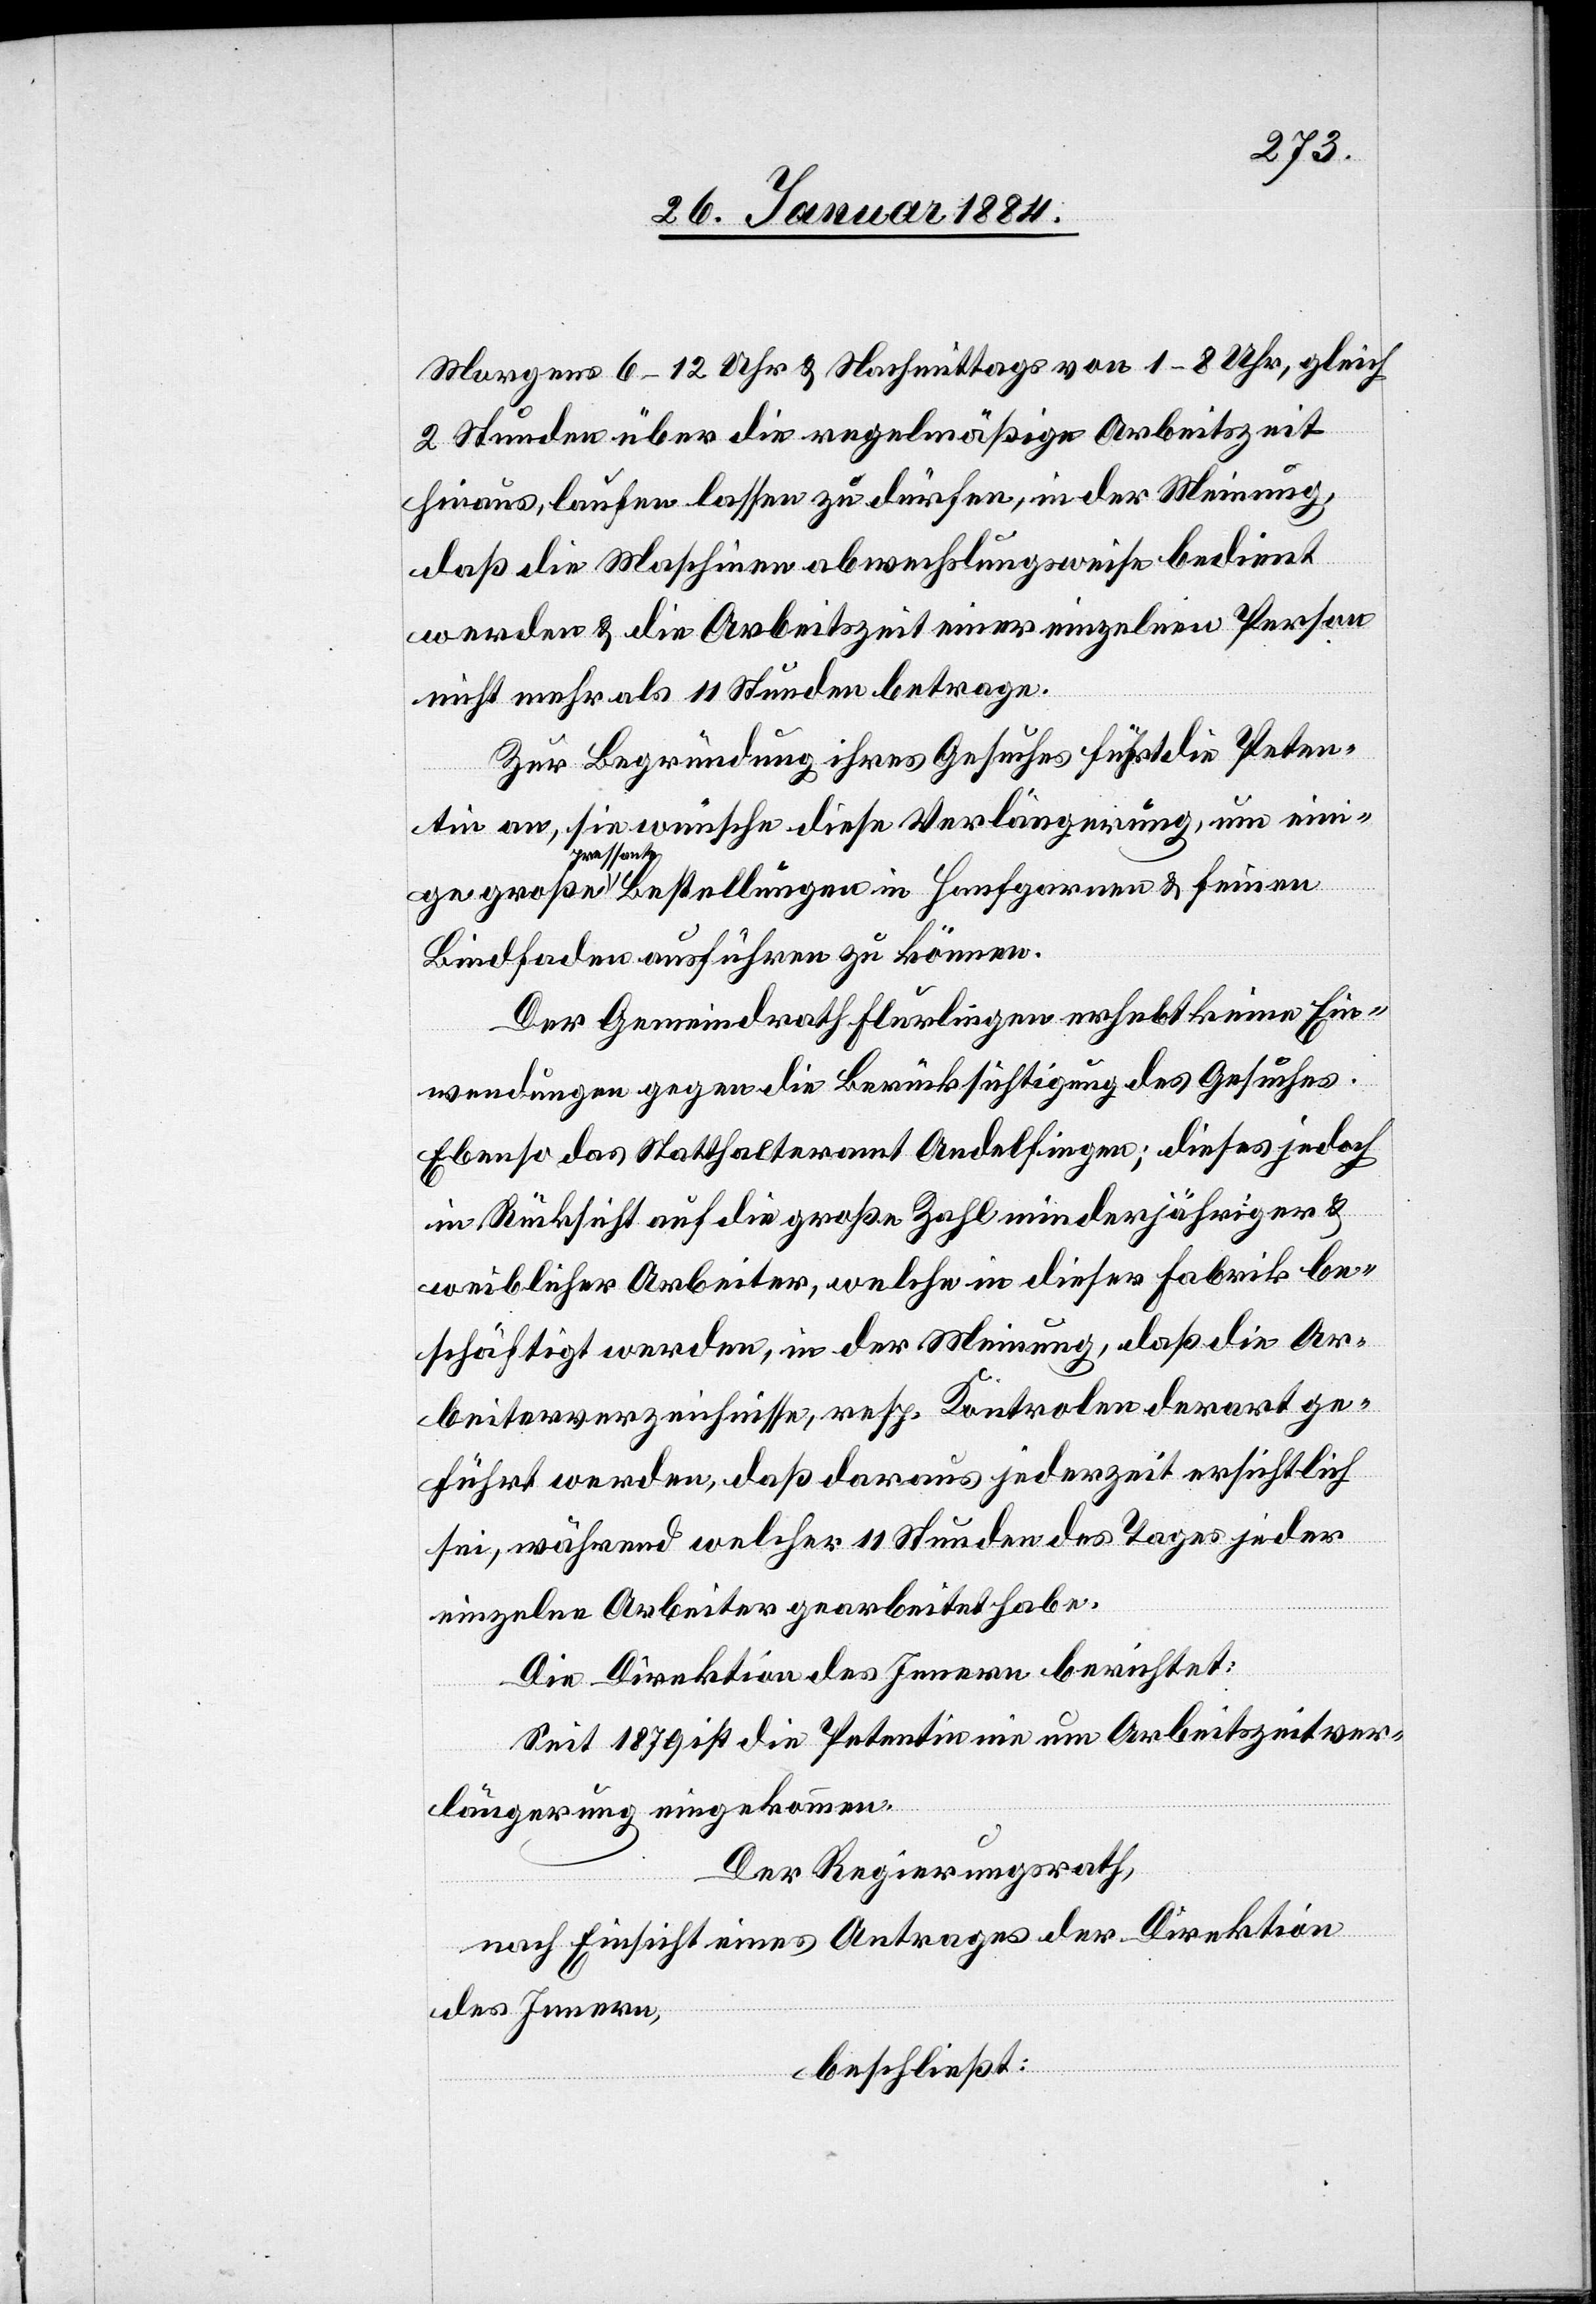
Morgens 6–12 Uhr & Nachmittags von 1–8 Uhr, gleich
2 Stunden über die regelmäßige Arbeitszeit
hinaus, laufen lassen zu dürfen, in der Meinung,
daß die Maschinen abwechslungsweise bedient
werden & die Arbeitszeit einer einzelnen Person
nicht mehr als 11 Stunden betrage.
Zur Begründung ihres Gesuches führt die Peten¬
tin an, sie wünsche diese Verlängerung, um einige
pressan¬
te Bestellungen in Hanfgarnen & feinem
Bindfaden ausführen zu können.
Der Gemeindrath Flurlingen erhebt keine Ein¬
wendungen gegen die Berücksichtigung des Gesuches.
Ebenso das Statthalteramt Andelfingen; dieses jedoch
in Rücksicht auf die große Zahl minderjähriger &
weiblicher Arbeiter, welche in dieser Fabrik be¬
schäftigt werden, in der Meinung, daß die Ar¬
beiterverzeichnisse, resp. Kontrolen derart ge¬
führt werden, daß daraus jederzeit ersichtlich
sei, während welcher 11 Stunden des Tages jeder
einzelne Arbeiter gearbeitet habe.
Die Direktion des Innern berichtet:
Seit 1879 ist die Petentin nie um Arbeitszeitver¬
längerung eingekommen.
Der Regierungsrath,
nach Einsicht eines Antrages der Direktion
des Innern,
beschließt: